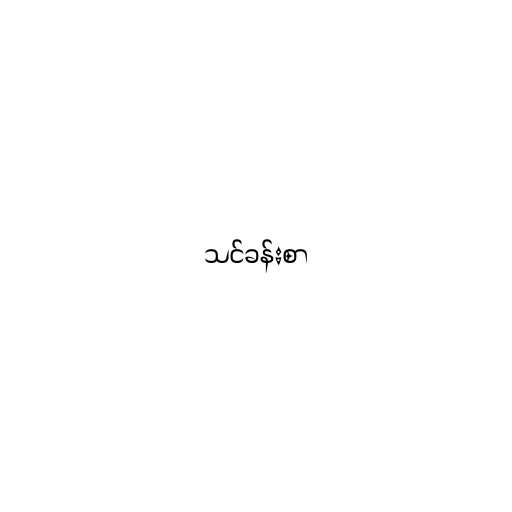
သင်ခန်းစာ